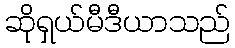
ဆိုရှယ်မီဒီယာသည်